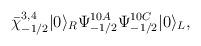
LaTeX: \begin{align*}\bar\chi^{3,4}_{-1/2}|0\rangle_R\Psi^{10A}_{-1/2}\Psi^{10C}_{-1/2}|0\rangle_L,\end{align*}